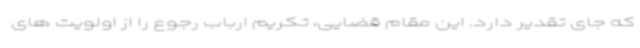
که جای تقدیر دارد. این مقام قضایی، تکریم ارباب رجوع را از اولویت های